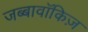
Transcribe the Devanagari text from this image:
जब्बावॉकिज़